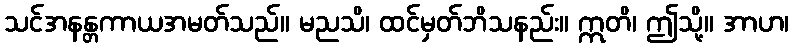
သင်အနန္တကာယအမတ်သည်။ မညသိ၊ ထင်မှတ်ဘိသနည်း။ ဣတိ၊ ဤသို့။ အာဟ၊